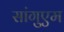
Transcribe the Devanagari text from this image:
सांगुएम